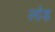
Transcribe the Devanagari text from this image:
लांड